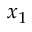
x _ { 1 }